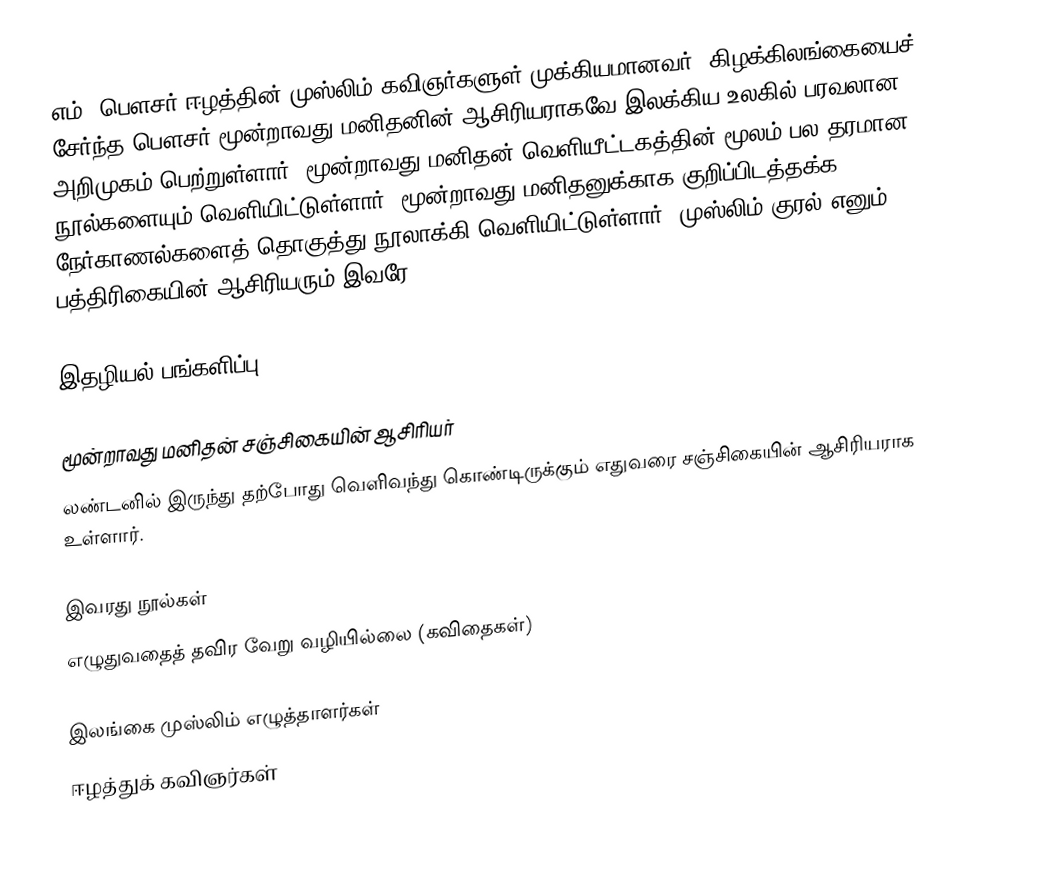
எம். பௌசர் ஈழத்தின் முஸ்லிம் கவிஞர்களுள் முக்கியமானவர். கிழக்கிலங்கையைச் சேர்ந்த பௌசர் மூன்றாவது மனிதனின் ஆசிரியராகவே இலக்கிய உலகில் பரவலான அறிமுகம் பெற்றுள்ளார். மூன்றாவது மனிதன் வெளியீட்டகத்தின் மூலம் பல தரமான நூல்களையும் வெளியிட்டுள்ளார். மூன்றாவது மனிதனுக்காக குறிப்பிடத்தக்க நேர்காணல்களைத் தொகுத்து நூலாக்கி வெளியிட்டுள்ளார். முஸ்லிம் குரல் எனும் பத்திரிகையின் ஆசிரியரும் இவரே.

இதழியல் பங்களிப்பு

மூன்றாவது மனிதன் சஞ்சிகையின் ஆசிரியர்
லண்டனில் இருந்து தற்போது வெளிவந்து கொண்டிருக்கும் எதுவரை சஞ்சிகையின் ஆசிரியராக உள்ளார்.

இவரது நூல்கள்
 எழுதுவதைத் தவிர வேறு வழியில்லை (கவிதைகள்)

இலங்கை முஸ்லிம் எழுத்தாளர்கள்
ஈழத்துக் கவிஞர்கள்